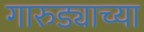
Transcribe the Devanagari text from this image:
गारुड्याच्या